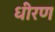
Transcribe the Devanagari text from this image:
धीरण